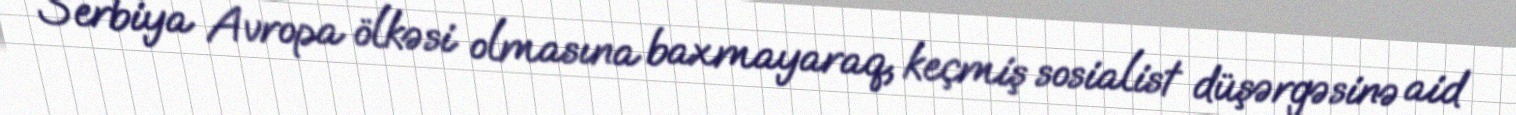
Serbiya Avropa ölkəsi olmasına baxmayaraq, keçmiş sosialist düşərgəsinə aid